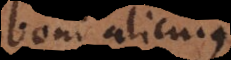
boni alicujus